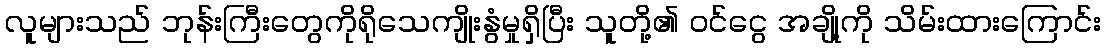
လူများသည် ဘုန်းကြီးတွေကိုရိုသေကျိုးနွံမှုရှိပြီး သူတို့၏ ဝင်ငွေ အချို့ကို သိမ်းထားကြောင်း